Annual administration report of the Bombay Presidency - 1887-1892
Year: 1887
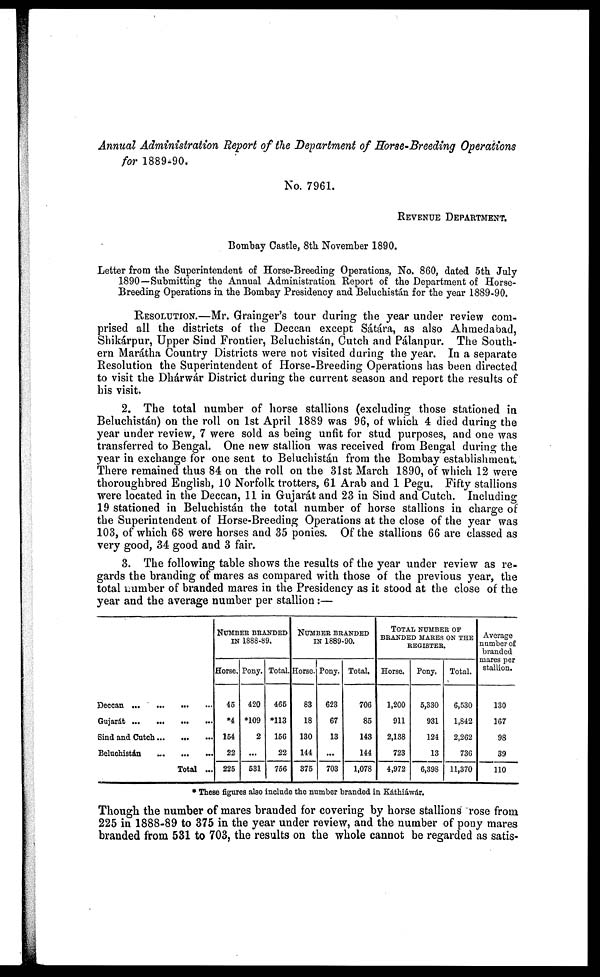
Annual Administration Report of the Department of Horse-Breeding Operations
for 1889-90.
No. 7961.
REVENUE DEPARTMENT.
Bombay Castle, 8th November 1890.
Letter from the Superintendent of Horse-Breeding Operations, No. 860, dated 5th July
1890—Submitting the Annual Administration Report of the Department of Horse-
Breeding Operations in the Bombay Presidency and Beluchistán for the year 1889-90.
RESOLUTION.—Mr. Grainger's tour during the year under review com-
prised all the districts of the Deccan except Sátára, as also Ahmedabad,
Shikárpur, Upper Sind Frontier, Beluchistán, Cutch and Pálanpur. The South-
ern Marátha Country Districts were not visited during the year. In a separate
Resolution the Superintendent of Horse-Breeding Operations has been directed
to visit the Dhárwár District during the current season and report the results of
his visit.
2. The total number of horse stallions (excluding those stationed in
Beluchistán) on the roll on 1st April 1889 was 96, of which 4 died during the
year under review, 7 were sold as being unfit for stud purposes, and one was
transferred to Bengal. One new stallion was received from Bengal during the
year in exchange for one sent to Beluchistán from the Bombay establishment.
There remained thus 84 on the roll on the 31st March 1890, of which 12 were
thoroughbred English, 10 Norfolk trotters, 61 Arab and 1 Pegu. Fifty stallions
were located in the Deccan, 11 in Gujarát and 23 in Sind and Cutch. Including
19 stationed in Beluchistán the total number of horse stallions in charge of
the Superintendent of Horse-Breeding Operations at the close of the year was
103, of which 68 were horses and 35 ponies. Of the stallions 66 are classed as
very good, 34 good and 3 fair.
3. The following table shows the results of the year under review as re-
gards the branding of mares as compared with those of the previous year, the
total number of branded mares in the Presidency as it stood at the close of the
year and the average number per stallion:—
Deccan
Gujarát ... ... ... ...
Sind and Cutch... ... ...
Beluchistán
...
... ...
Total ...
NUMBER BRANDED
IN 1888-89.
Horse.
45
*4
164
22
225
Pony.
420
*109
2
...
531
Total.
465
*113
156
22
756
NUMBER BRANDED
IN 1889-90.
Horse.
83
18
130
144
375
Pony.
623
67
13
...
703
Total,
706
85
143
144
1,078
TOTAL NUMBER OF
BRANDED MARES ON THE
REGISTER.
Horse.
1,200
911
2,138
723
4,972
Pony.
5,330
931
124
13
6,398
Total.
6,530
1,842
2,262
736
11,370
Average
number of
branded
mares per
stallion.
130
167
98
39
110
* These figures also include the number branded in Káthiáwár.
Though the number of mares branded for covering by horse stallions rose from
225 in 1888-89 to 375 in the year under review, and the number of pony mares
branded from 531 to 703, the results on the whole cannot be regarded as satis-